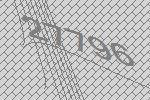
27796